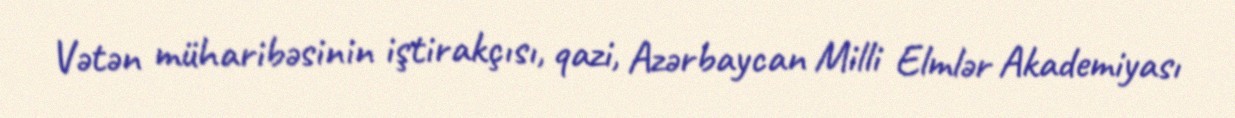
Vətən müharibəsinin iştirakçısı, qazi, Azərbaycan Milli Elmlər Akademiyası